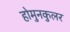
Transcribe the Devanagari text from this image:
होमुनकुलर